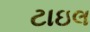
ટાઇલ